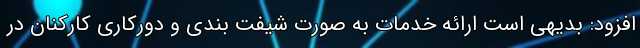
افزود: بدیهی است ارائه خدمات به صورت شیفت بندی و دورکاری کارکنان در